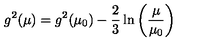
g ^ { 2 } ( \mu ) = g ^ { 2 } ( \mu _ { 0 } ) - { \frac { 2 } { 3 } } \ln \left( { \frac { \mu } { \mu _ { 0 } } } \right)